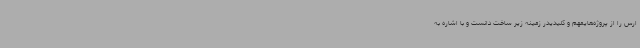
ارس را از پروژه‌هایمهم و کلیدیدر زمینه زیر ساخت دانست و با اشاره به